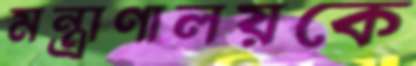
মন্ত্রাণালয়কে